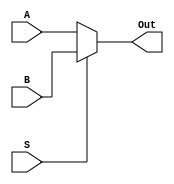
`timescale 1ns / 1ps
//////////////////////////////////////////////////////////////////////////////////
// Company: 
// Engineer: 
// 
// Design Name: 
// Module Name:    Mux_2_1 
// Project Name: 
// Target Devices: 
// Tool versions: 
// Description: 
//
// Dependencies: 
//
// Revision: 
// Revision 0.01 - File Created
// Additional Comments: 
//
//////////////////////////////////////////////////////////////////////////////////
module Mux_2_1(
A,
B,
S,
Out
    );

input A,B,S;
output Out;
reg Out;

always @ (A,B,S) 
begin
	Out = (S)?B:A;
end

endmodule